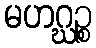
မဟဂ္ဃဉ္စ